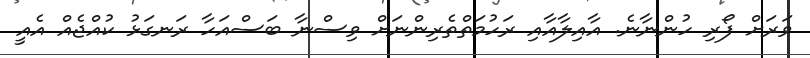
ވަރަށް ފޯރި ހުންނާނެ. އާއިލާއާއި ރަހުމަތްތެރިންނަށް ވިސްނާ ބަސްއަހާ ރަނގަޅު ކުއްޖެއް އެއީ